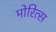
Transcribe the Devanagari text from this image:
मोरित्स